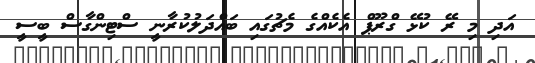
އަދި މި ރޭ ކުޅޭ ގްރޫޕް އެކެއްގެ މެޗުގައި ބައްދަލުކުރާނީ ސްޓިންގާސް ބީސީ